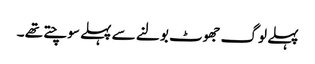
پہلے لوگ جھوٹ بولنے سے پہلے سوچتے تھے ۔